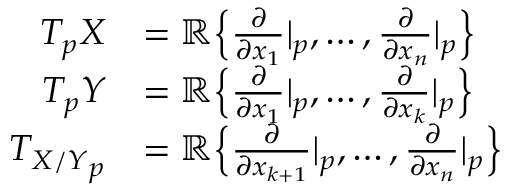
{ \begin{array} { r l } { T _ { p } X } & { = \mathbb { R } { \Big \lbrace } { \frac { \partial } { \partial x _ { 1 } } } | _ { p } , \dots , { \frac { \partial } { \partial x _ { n } } } | _ { p } { \Big \rbrace } } \\ { T _ { p } Y } & { = \mathbb { R } { \Big \lbrace } { \frac { \partial } { \partial x _ { 1 } } } | _ { p } , \dots , { \frac { \partial } { \partial x _ { k } } } | _ { p } { \Big \rbrace } } \\ { { T _ { X / Y } } _ { p } } & { = \mathbb { R } { \Big \lbrace } { \frac { \partial } { \partial x _ { k + 1 } } } | _ { p } , \dots , { \frac { \partial } { \partial x _ { n } } } | _ { p } { \Big \rbrace } } \end{array} }